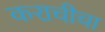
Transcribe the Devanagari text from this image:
कराचीचा